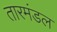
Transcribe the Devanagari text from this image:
तारमंडल